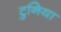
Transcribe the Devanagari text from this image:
टुनिया